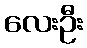
လေးဦး